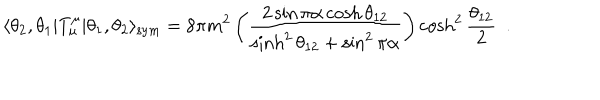
\langle \theta _ { 2 } , \theta _ { 1 } | T _ { \mu } ^ { \mu } | \theta _ { 1 } , \theta _ { 2 } \rangle _ { \mathrm { s y m } } = 8 \pi m ^ { 2 } \left( \frac { 2 \sin \pi \alpha \cosh \theta _ { 1 2 } } { \sinh ^ { 2 } \theta _ { 1 2 } + \sin ^ { 2 } \pi \alpha } \right) \cosh ^ { 2 } \frac { \theta _ { 1 2 } } { 2 } \, \, \, .